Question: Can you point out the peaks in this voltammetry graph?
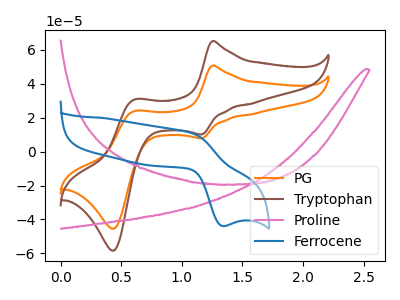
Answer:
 <answer>The orange curve "PG" has anodic peaks at (1.25V, 50.60uA) (0.60V, 23.80uA) and cathodic peaks at (1.15V, 7.85uA) (0.45V, -45.40uA). The brown curve "Tryptophan" has anodic peaks at (1.25V, 65.05uA) (0.60V, 30.60uA) and cathodic peaks at (1.15V, 10.10uA) (0.45V, -58.35uA). The pink curve "Proline" has no peaks. The blue curve "Ferrocene" has an anodic peak at (1.10V, 10.80uA) and a cathodic peak at (1.35V, -43.90uA).</answer>
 <eval></eval>